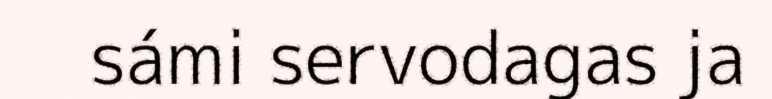
sámi servodagas ja